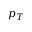
p _ { T }